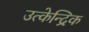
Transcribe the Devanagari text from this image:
उत्केन्द्रिक